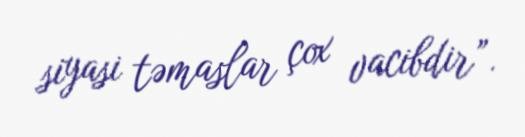
siyasi təmaslar çox vacibdir”.